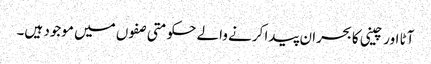
آٹا اور چینی کا بحران پیدا کرنے والے حکومتی صفوں میں موجود ہیں۔